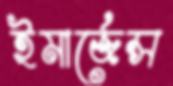
ইমার্জেন্স